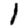
Digit: 1